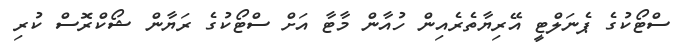
ސްޓޯކުގެ ޕެނަލްޓީ އޭރިޔާތެރެއިން ހުއާން މާޓާ އަށް ސްޓޯކުގެ ރަޔާން ޝޯކްރޮސް ކުރި